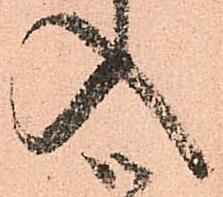
入